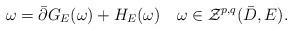
LaTeX: \begin{align*}\omega=\bar{\partial}G_E(\omega)+H_E(\omega)\quad\omega \in \mathcal Z^{p,q}(\bar{D},E).\end{align*}